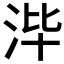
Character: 𰛡